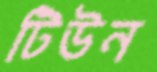
টিউন